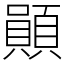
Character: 䫟